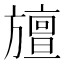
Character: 𭥆